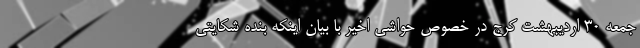
جمعه ۳۰ اردیبهشت کرج در خصوص حواشی اخیر با بیان اینکه بنده شکایتی